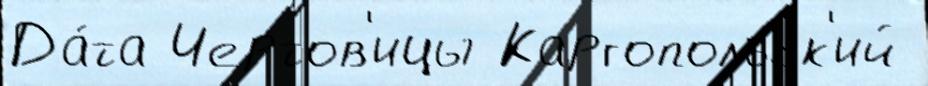
Да́та Чертов'ицы Каргопольск'ий